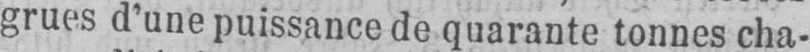
grues d’une puissance de quarante tonnes cha-